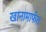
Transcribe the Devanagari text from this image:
खानामार्फत